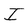
Character: I